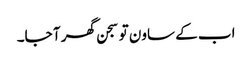
اب کے ساون تو سجن گھر آ جا۔